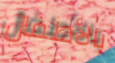
بالأطفال